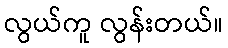
လွယ်ကူ လွန်းတယ်။